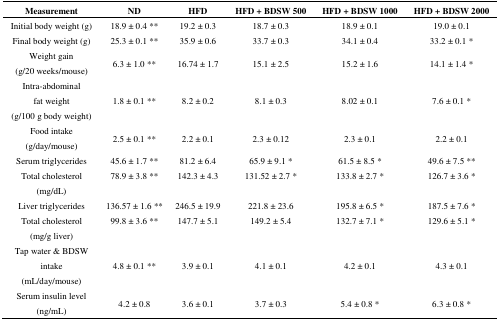
<table><thead><tr><td><b>Measurement</b></td><td><b>ND</b></td><td><b>HFD</b></td><td><b>HFD + BDSW 500</b></td><td><b>HFD + BDSW 1000</b></td><td><b>HFD + BDSW 2000</b></td></tr></thead><tbody><tr><td>Initial body weight (g)</td><td>18.9 ± 0.4 **</td><td>19.2 ± 0.3</td><td>18.7 ± 0.3</td><td>18.9 ± 0.1</td><td>19.0 ± 0.1</td></tr><tr><td>Final body weight (g)</td><td>25.3 ± 0.1 **</td><td>35.9 ± 0.6</td><td>33.7 ± 0.3</td><td>34.1 ± 0.4</td><td>33.2 ± 0.1 *</td></tr><tr><td>Weight gain (g/20 weeks/mouse)</td><td>6.3 ± 1.0 **</td><td>16.74 ± 1.7</td><td>15.1 ± 2.5</td><td>15.2 ± 1.6</td><td>14.1 ± 1.4 *</td></tr><tr><td>Intra-abdominal fat weight (g/100 g body weight)</td><td>1.8 ± 0.1 **</td><td>8.2 ± 0.2</td><td>8.1 ± 0.3</td><td>8.02 ± 0.1</td><td>7.6 ± 0.1 *</td></tr><tr><td>Food intake (g/day/mouse)</td><td>2.5 ± 0.1 **</td><td>2.2 ± 0.1</td><td>2.3 ± 0.12</td><td>2.3 ± 0.1</td><td>2.2 ± 0.1</td></tr><tr><td>Serum triglycerides</td><td>45.6 ± 1.7 **</td><td>81.2 ± 6.4</td><td>65.9 ± 9.1 *</td><td>61.5 ± 8.5 *</td><td>49.6 ± 7.5 **</td></tr><tr><td>Total cholesterol (mg/dL)</td><td>78.9 ± 3.8 **</td><td>142.3 ± 4.3</td><td>131.52 ± 2.7 *</td><td>133.8 ± 2.7 *</td><td>126.7 ± 3.6 *</td></tr><tr><td>Liver triglycerides</td><td>136.57 ± 1.6 **</td><td>246.5 ± 19.9</td><td>221.8 ± 23.6</td><td>195.8 ± 6.5 *</td><td>187.5 ± 7.6 *</td></tr><tr><td>Total cholesterol (mg/g liver)</td><td>99.8 ± 3.6 **</td><td>147.7 ± 5.1</td><td>149.2 ± 5.4</td><td>132.7 ± 7.1 *</td><td>129.6 ± 5.1 *</td></tr><tr><td>Tap water &amp; BDSW intake (mL/day/mouse)</td><td>4.8 ± 0.1 **</td><td>3.9 ± 0.1</td><td>4.1 ± 0.1</td><td>4.2 ± 0.1</td><td>4.3 ± 0.1</td></tr><tr><td>Serum insulin level (ng/mL)</td><td>4.2 ± 0.8</td><td>3.6 ± 0.1</td><td>3.7 ± 0.3</td><td>5.4 ± 0.8 *</td><td>6.3 ± 0.8 *</td></tr></tbody></table>